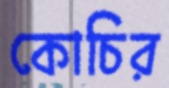
কোচির